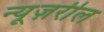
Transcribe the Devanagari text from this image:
न्यूज़रील